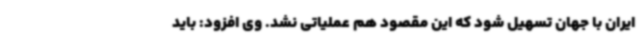
ایران با جهان تسهیل شود که این مقصود هم عملیاتی نشد. وی افزود: باید